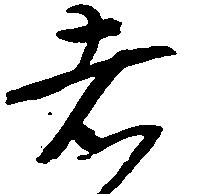
者